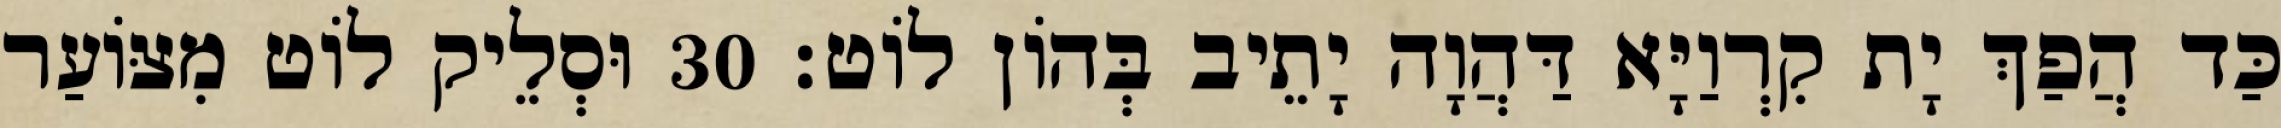
כַּד הֲפַךְ יָת קִרְוַיָּא דַּהֲוָה יָתֵיב בְּהוֹן לוֹט׃ 30 וּסְלֵיק לוֹט מִצּוֹעַר